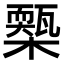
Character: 𣝚